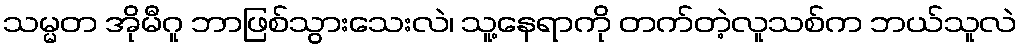
သမ္မတ အိုမီဂူ ဘာဖြစ်သွားသေးလဲ၊ သူ့နေရာကို တက်တဲ့လူသစ်က ဘယ်သူလဲ